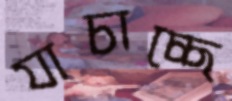
যাচাচ্ছে